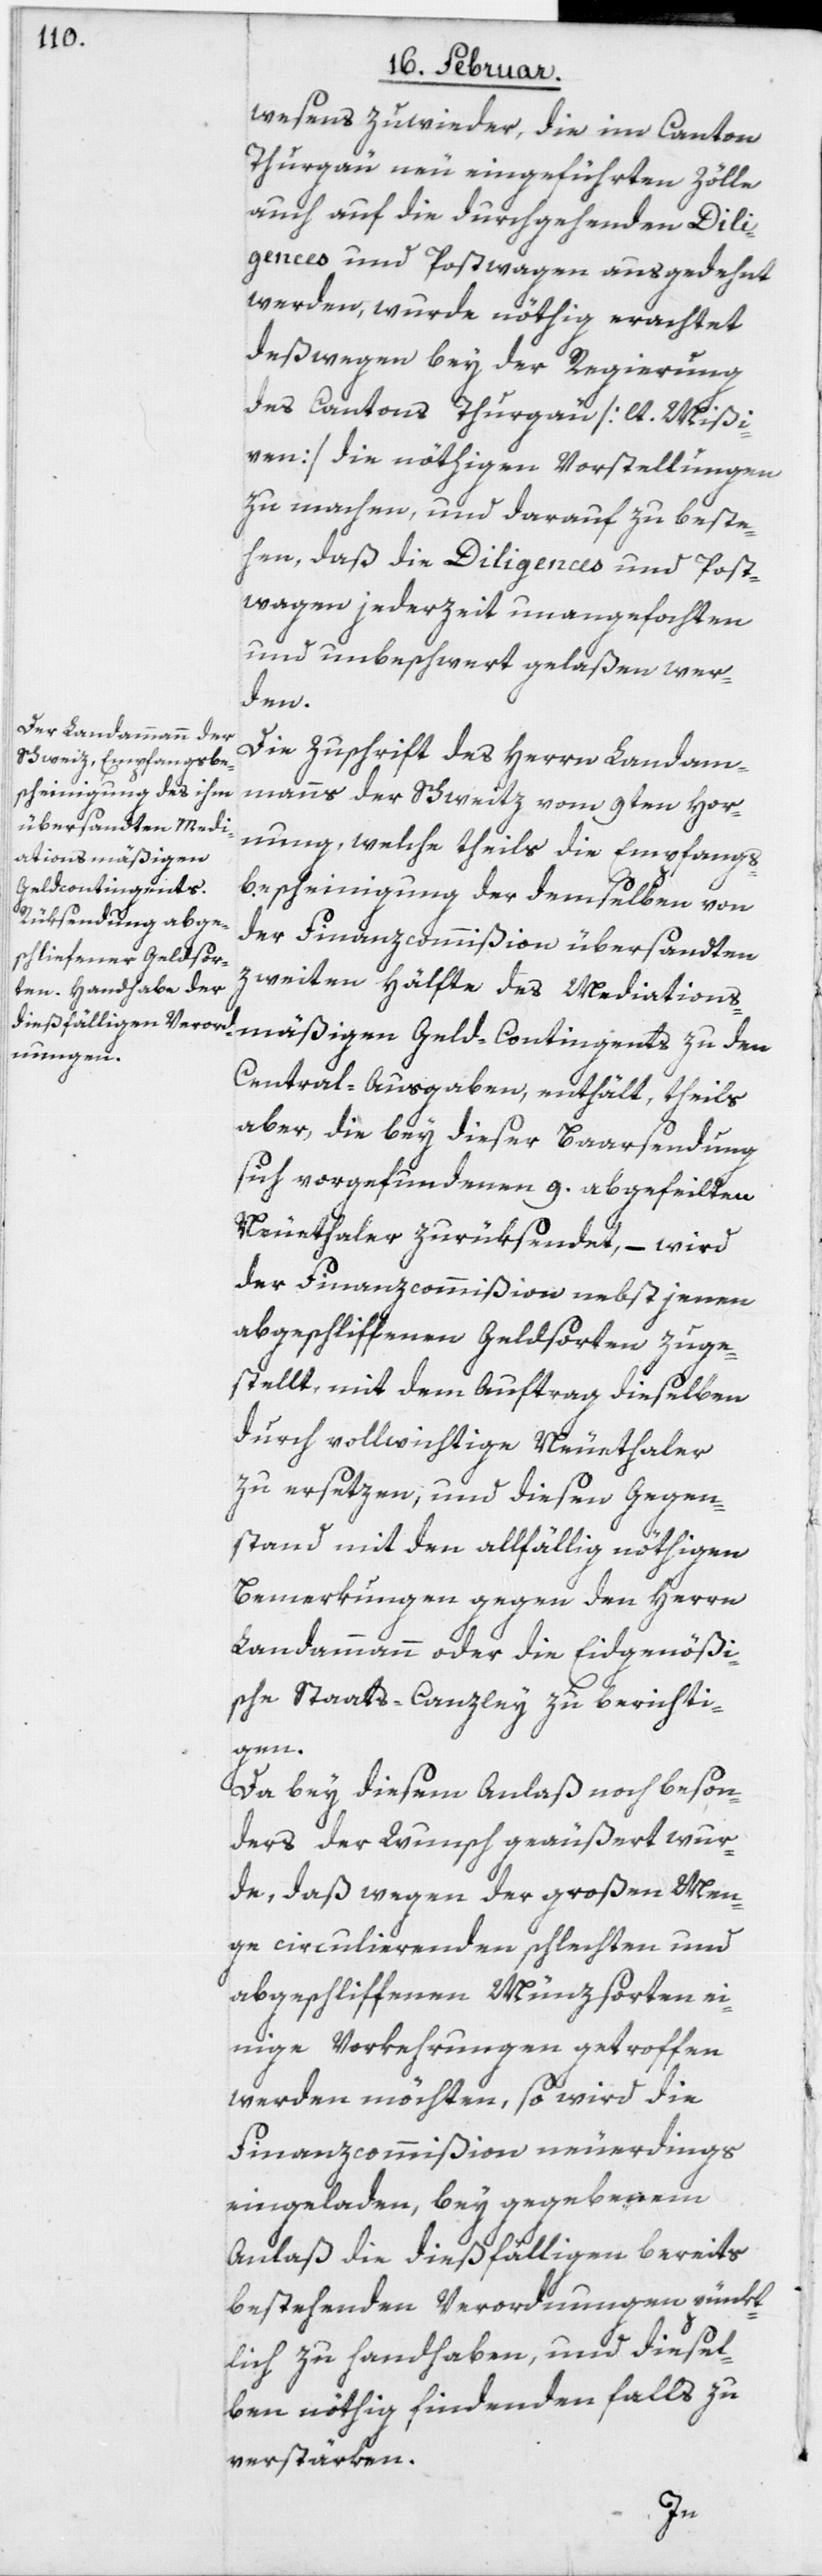
wesens zuwieder, die im Canton
Thurgau neu eingeführten Zölle
auch auf die durchgehenden Dili¬
gences und Postwagen ausgedehnt
werden, wurde nöthig erachtet,
deßwegen bey der Regierung
des Cantons Thurgau [lt. Mißi¬
ven] die nöthigen Vorstellungen
zu machen, und darauf zu beste¬
hen, daß die Diligences und Post¬
wagen jederzeit unangefochten
und unbeschwert gelaßen wer¬
den
Die Zuschrift des Herrn Landam¬
manns der Schweiz vom 9ten Hor¬
nung, welche theils die Empfangs¬
Geld-Contingents
bescheinigung der demselben von
der Finanzcommißion übersandten
zweiten Hälfte des Mediations¬
mäßigen
Central-Ausgaben, enthält, theils
aber, die bey dieser Baarsendung
sich vorgefundenen 9. abgefeilten
Neuethaler zurüksendet, – wird
der Finanzcommißion nebst jenen
abgeschliffenen Geldsorten zuge¬
stellt, mit dem Auftrag dieselben
durch vollwichtige Neuethaler
zu ersetzen, und diesen Gegen¬
stand mit den allfällig nöthigen
Bemerkungen gegen den Herrn
Landammann oder die Eidgenößi¬
sche Staats-Canzley zu berichti¬
gen.
Da bey diesem Anlaß noch beson¬
ders der Wunsch geäußert wur¬
de, daß wegen der großen Men¬
ge circulierenden schlechten und
abgeschliffenen Münzsorten ei¬
nige Vorkehrungen getroffen
werden möchten, so wird die
Finanzcommißion neuerdings
eingeladen, bey gegebenem
Anlaß die dießfälligen bereits
bestehenden Verordnungen pünkt¬
lich zu handhaben, und diesel¬
ben nöthig findenden Falls zu
verstärken.
zu